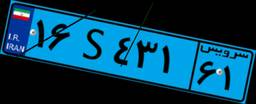
۰۵S۳۸۱۲۶